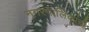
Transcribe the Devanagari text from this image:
नगरपालिकांची